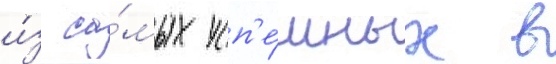
и́з са́мых усп'е́шных в